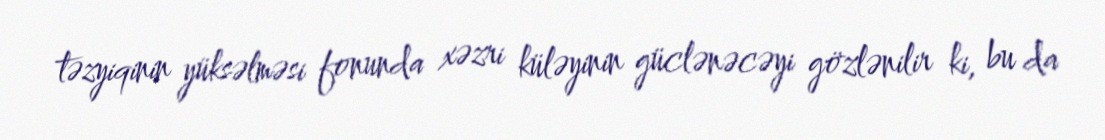
təzyiqinin yüksəlməsi fonunda xəzri küləyinin güclənəcəyi gözlənilir ki, bu da